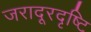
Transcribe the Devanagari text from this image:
जरादूरदृष्टि